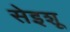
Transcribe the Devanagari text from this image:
सेइशू